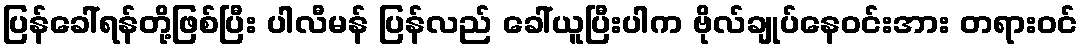
ပြန်ခေါ်ရန်တို့ဖြစ်ပြီး ပါလီမန် ပြန်လည် ခေါ်ယူပြီးပါက ဗိုလ်ချုပ်နေဝင်းအား တရားဝင်